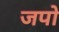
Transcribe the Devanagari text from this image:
जपो